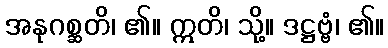
အနုဂစ္ဆတိ၊ ၏။ ဣတိ၊ သို့။ ဒဋ္ဌဗ္ဗံ၊ ၏။